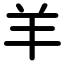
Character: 羊